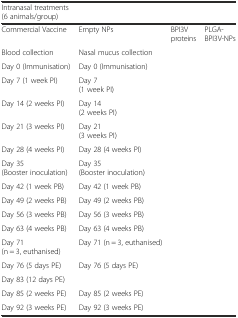
| Intranasal treatments (6 animals/group) |  |  |  |
 | --- | --- | --- | --- |
 | Commercial Vaccine | Empty NPs | BPI3V proteins | PLGA-BPI3V-NPs |
 | Blood collection | Nasal mucus collection |  |  |
 | Day 0 (Immunisation) | Day 0 (Immunisation) |  |  |
 | Day 7 (1 week PI) | Day 7 (1 week PI) |  |  |
 | Day 14 (2 weeks PI) | Day 14 (2 weeks PI) |  |  |
 | Day 21 (3 weeks PI) | Day 21 (3 weeks PI) |  |  |
 | Day 28 (4 weeks PI) | Day 28 (4 weeks PI) |  |  |
 | Day 35 (Booster inoculation) | Day 35 (Booster inoculation) |  |  |
 | Day 42 (1 week PB) | Day 42 (1 week PB) |  |  |
 | Day 49 (2 weeks PB) | Day 49 (2 weeks PB) |  |  |
 | Day 56 (3 weeks PB) | Day 56 (3 weeks PB) |  |  |
 | Day 63 (4 weeks PB) | Day 63 (4 weeks PB) |  |  |
 | Day 71 (n = 3, euthanised) | Day 71 (n = 3, euthanised) |  |  |
 | Day 76 (5 days PE) | Day 76 (5 days PE) |  |  |
 | Day 83 (12 days PE) |  |  |  |
 | Day 85 (2 weeks PE) | Day 85 (2 weeks PE) |  |  |
 | Day 92 (3 weeks PE) | Day 92 (3 weeks PE) |  |  |